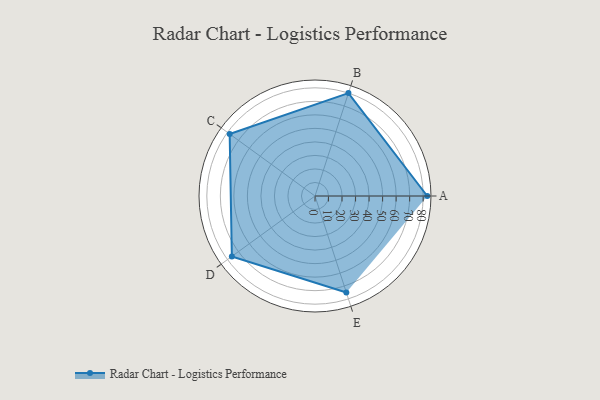
{"axis": {"x": "Skill", "y": "Score"}, "legend": ["Profile"], "data": [{"x": "A", "y": 83.0, "type": "Profile"}, {"x": "B", "y": 80.0, "type": "Profile"}, {"x": "C", "y": 78.0, "type": "Profile"}, {"x": "D", "y": 76.0, "type": "Profile"}, {"x": "E", "y": 75.0, "type": "Profile"}]}